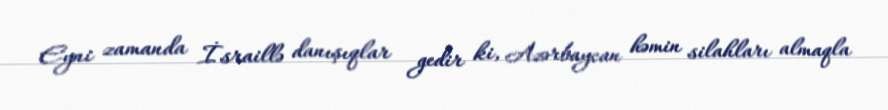
Eyni zamanda İsraillə danışıqlar gedir ki, Azərbaycan həmin silahları almaqla